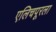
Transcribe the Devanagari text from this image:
एलिचपूरला